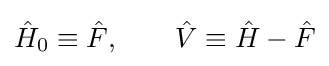
{\hat {H}}_{0}\equiv {\hat {F}},\qquad {\hat {V}}\equiv {\hat {H}}-{\hat {F}}